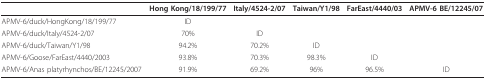
<table><thead><tr><td></td><td><b>Hong Kong/18/199/77</b></td><td><b>Italy/4524-2/07</b></td><td><b>Taiwan/Y1/98</b></td><td><b>FarEast/4440/03</b></td><td><b>APMV-6 BE/12245/07</b></td></tr></thead><tbody><tr><td>APMV-6/duck/HongKong/18/199/77</td><td>ID</td><td></td><td></td><td></td><td></td></tr><tr><td>APMV-6/duck/Italy/4524-2/07</td><td>70%</td><td>ID</td><td></td><td></td><td></td></tr><tr><td>APMV-6/duck/Taiwan/Y1/98</td><td>94.2%</td><td>70.2%</td><td>ID</td><td></td><td></td></tr><tr><td>APMV-6/Goose/FarEast/4440/2003</td><td>93.8%</td><td>70.3%</td><td>98.3%</td><td>ID</td><td></td></tr><tr><td>APMV-6/Anas platyrhynchos/BE/12245/2007</td><td>91.9%</td><td>69.2%</td><td>96%</td><td>96.5%</td><td>ID</td></tr></tbody></table>